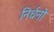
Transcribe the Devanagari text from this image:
निर्धनो